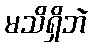
မသိရှိဘဲ